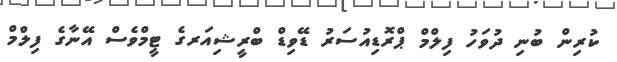
ކުރިން ބުނި ދުވަހު ފިލްމް ޕްރޮޑިއުސަރު ޑޭވިޑް ބްރީޝިއަރގެ ޓީމްވެސް އޭނާގެ ފިލްމް